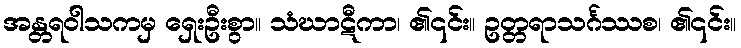
အန္တရဝါသကမှ ရှေးဦးစွာ။ သံဃာဋီကာ၊ ၏၎င်း။ ဥတ္တရာသင်္ဂဿစ၊ ၏၎င်း။